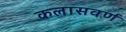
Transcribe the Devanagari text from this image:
कलासवर्ण